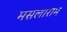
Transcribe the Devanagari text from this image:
मसलाराम